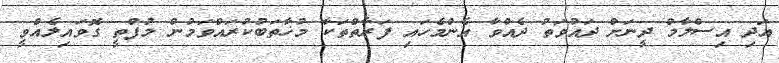
އަދި އިސްލާމް ދީނަށް ދައުވަތު ދެއްވާ އެންމެހައި ފަރާތްތަކާ މުޚާތަބުކުރައްވަމުން މުފްތީ ގޮވައިލެއްވީ